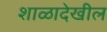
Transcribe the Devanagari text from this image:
शाळादेखील